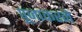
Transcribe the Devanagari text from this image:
पूजाकरने